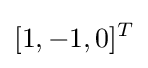
[1,-1,0]^{T}